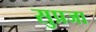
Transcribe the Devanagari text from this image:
सुप्रजा